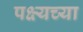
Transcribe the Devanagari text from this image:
पक्ष्यच्या